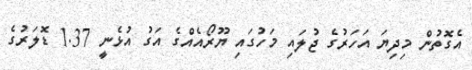
އެގޮތުން މިދިޔަ އަހަރުގެ ޖުލައި މަހުގައި ޔޫރޯއެއްގެ އަގު އުޅެނީ 1.37 ޑޮލަރުގެ